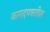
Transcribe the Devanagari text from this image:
कागदपत्रातील